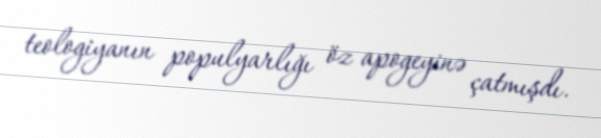
teologiyanın populyarlığı öz apogeyinə çatmışdı.